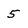
Character: 5